Annual report of the Imperial Bacteriological Laboratory, Muktesar
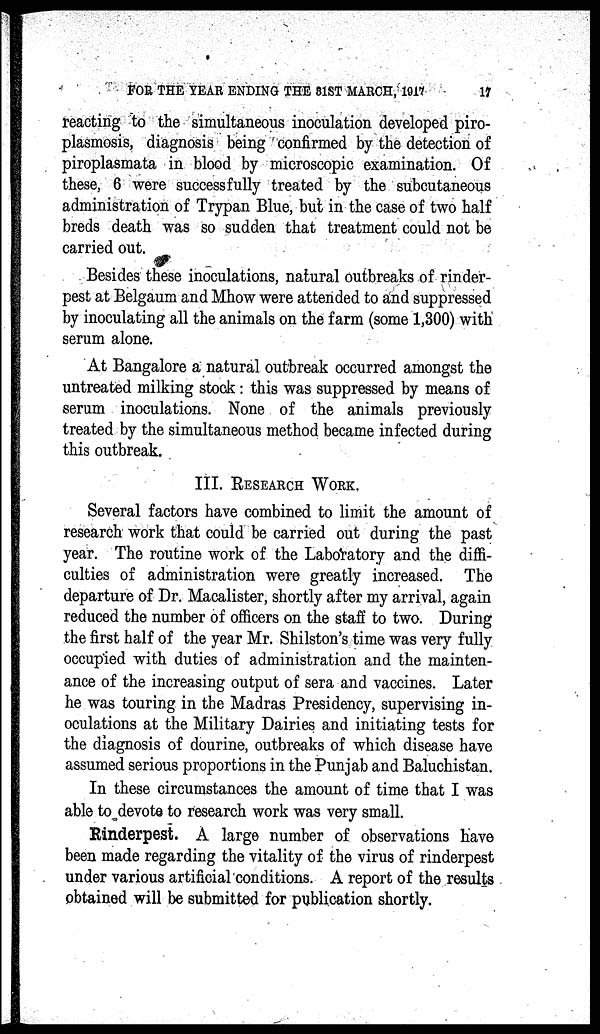
FOR THE YEAR ENDING THE 31ST MARCH,
1917
17
reacting to the simultaneous inoculation developed piro¬
plasmosis, diagnosis being confirmed by the detection of
piroplasmata in blood by microscopic examination. Of
these, 6 were successfully treated by the subcutaneous
administration of Trypan Blue, but in the case of two half
breds death was so sudden that treatment could not be
carried out.
Besides these inoculations, natural outbreaks of rinder-
pest at Belgaum and Mhow were attended to and suppressed
by inoculating all the animals on the farm (some 1,300) with
serum alone.
At Bangalore a natural outbreak occurred amongst the
untreated milking stock: this was suppressed by means of
serum inoculations. None of the animals previously
treated by the simultaneous method became infected during
this outbreak.
III. RESEARCH WORK.
Several factors have combined to limit the amount of
research work that could be carried out during the past
year. The routine work of the Laboratory and the diffi-
culties of administration were greatly increased. The
departure of Dr. Macalister, shortly after my arrival, again
reduced the number of officers on the staff to two. During
the first half of the year Mr. Shilston's time was very fully
occupied with duties of administration and the mainten-
ance of the increasing output of sera and vaccines. Later
he was touring in the Madras Presidency, supervising in-
oculations at the Military Dairies and initiating tests for
the diagnosis of dourine, outbreaks of which disease have
assumed serious proportions in the Punjab and Baluchistan.
In these circumstances the amount of time that I was
able to devote to research work was very small.
Rinderpest. A large number of observations have
been made regarding the vitality of the virus of rinderpest
under various artificial conditions. A report of the results
obtained will be submitted for publication shortly.